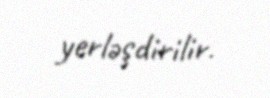
yerləşdirilir.